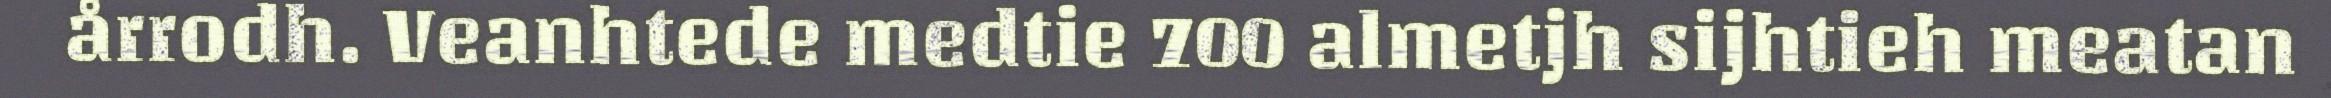
årrodh. Veanhtede medtie 700 almetjh sijhtieh meatan